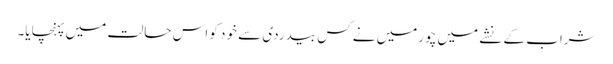
شراب کے نشے میں چورمیں نے کس بیدردی سے خود کو اس حالت میں پہنچایا۔